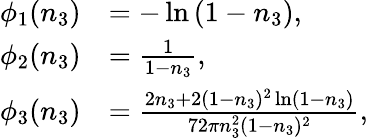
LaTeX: \begin{array}{rl}{\phi_{1}(n_{3})}&{=-\ln{(1-n_{3})},}\\ {\phi_{2}(n_{3})}&{=\frac{1}{1-n_{3}},}\\ {\phi_{3}(n_{3})}&{=\frac{2n_{3}+2(1-n_{3})^{2}\ln(1-n_{3})}{72\pi n_{3}^{2}(1-n_{3})^{2}},}\end{array}